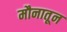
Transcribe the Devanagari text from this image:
मौनातून